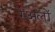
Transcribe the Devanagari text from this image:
रेअलों